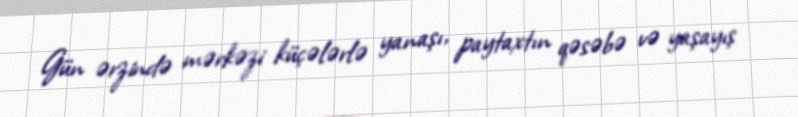
Gün ərzində mərkəzi küçələrlə yanaşı, paytaxtın qəsəbə və yaşayış